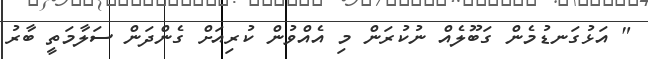
" އަޅުގަނޑުމެން ގަބޫލެއް ނުކުރަން މި އެއްވުން ކުރިއަށް ގެންދަން ސަލާމަތީ ބާރު